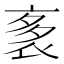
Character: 袲